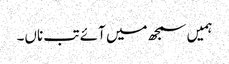
ہمیں سمجھ میں آئے تب ناں۔